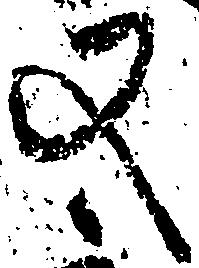
又